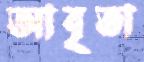
আবৃতা